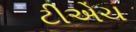
ટીએચ